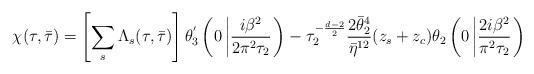
LaTeX: \begin{align*}\chi(\tau,\bar{\tau})=\left[\sum_{s}\Lambda_{s}(\tau,\bar{\tau})\right]\theta_{3}^{'}\left(0\left|\frac{i\beta^{2}}{2\pi^{2}\tau_{2}}\right.\right)-\tau^{-\frac{d-2}{2}}_{2}\frac{2\bar{\theta}_{2}^{4}}{\bar{\eta}^{12}}(z_{s}+z_{c})\theta_{2}\left(0\left|\frac{2i\beta^{2}}{\pi^{2}\tau_{2}}\right.\right)\end{align*}